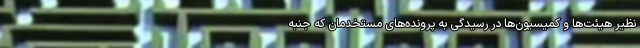
نظیر هیئت‌ها و کمیسیون‌ها در رسیدگی به پرونده‌های مستخدمان که جنبه